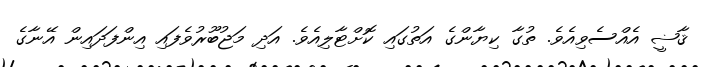
ޤާޟީ އެއްސެވިއެވެ. ތުގާ ކިޔާންގެ އަތުގައި ކޮށްޓާލިއެވެ. އަދި މަޖުބޫރުވެފައި އިންފަދައިން އޭނާގެ